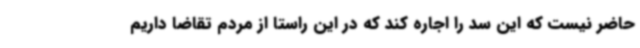
حاضر نیست که این سد را اجاره کند که در این راستا از مردم تقاضا داریم